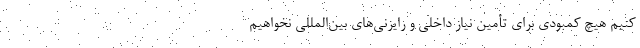
کنیم هیچ کمبودی برای تأمین نیاز داخلی و رایزنی‌های بین‌المللی نخواهیم